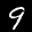
Label: 9